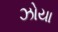
ઝોયા